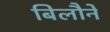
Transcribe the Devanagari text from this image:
बिलौने